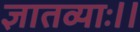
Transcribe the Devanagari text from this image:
ज्ञातव्याः।।